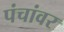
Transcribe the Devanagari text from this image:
पंचांवर